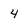
Character: 4